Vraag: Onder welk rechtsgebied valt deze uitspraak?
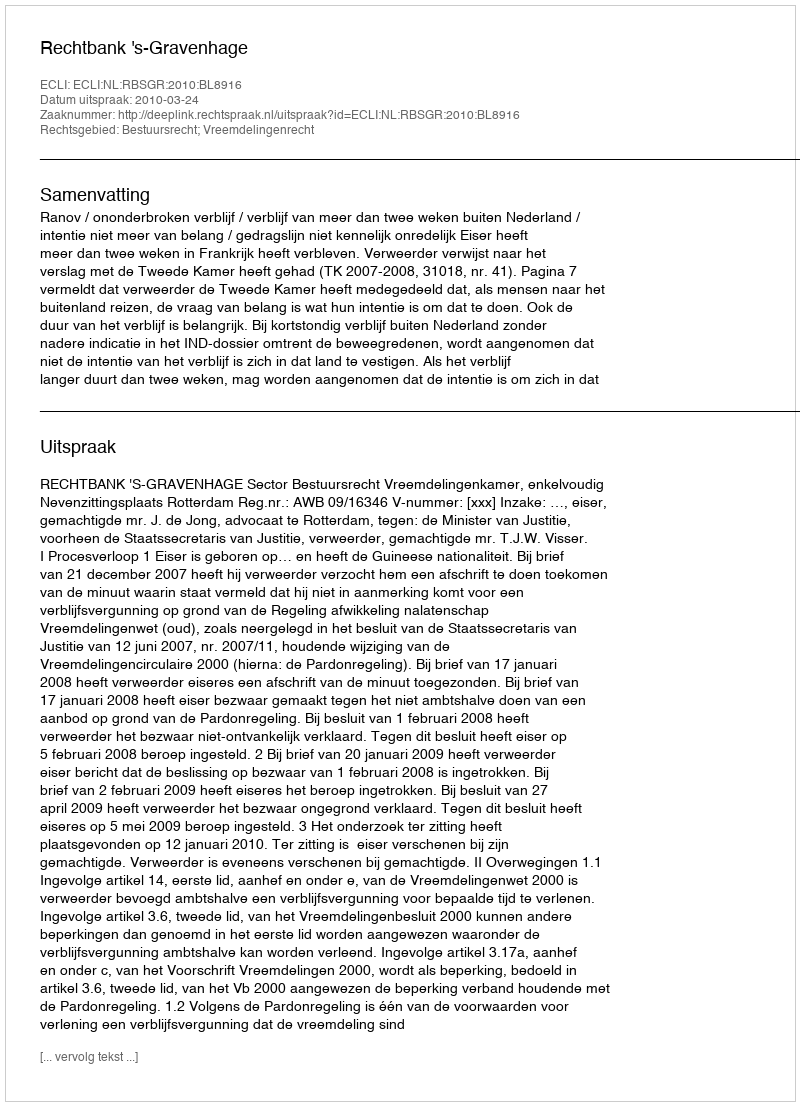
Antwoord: Bestuursrecht; Vreemdelingenrecht